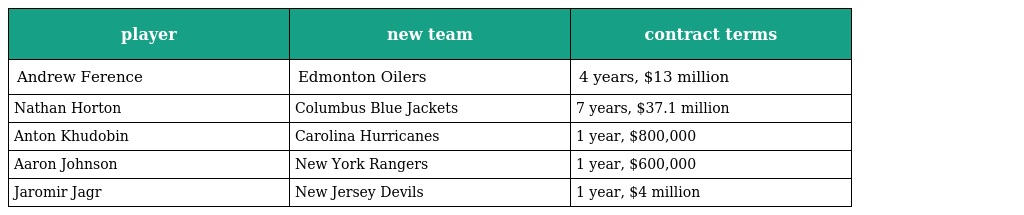
| player | new team | contract terms |
 | --- | --- | --- |
 | Andrew Ference | Edmonton Oilers | 4 years, $13 million |
 | Nathan Horton | Columbus Blue Jackets | 7 years, $37.1 million |
 | Anton Khudobin | Carolina Hurricanes | 1 year, $800,000 |
 | Aaron Johnson | New York Rangers | 1 year, $600,000 |
 | Jaromir Jagr | New Jersey Devils | 1 year, $4 million |